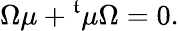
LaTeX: \Omega\mu+{}^{\mathfrak{t}}\mu\Omega=0.